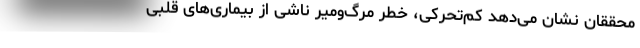
محققان نشان می‌دهد کم‌تحرکی، خطر مرگ‌ومیر ناشی از بیماری‌های قلبی